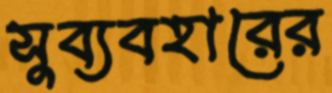
সুব্যবহারের